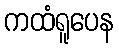
ကထံရူပေန